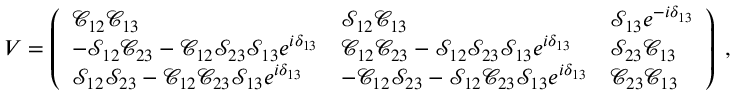
V = \left( \begin{array} { l l l } { { \mathcal C _ { 1 2 } \mathcal C _ { 1 3 } } } & { { \mathcal S _ { 1 2 } \mathcal C _ { 1 3 } } } & { { \mathcal S _ { 1 3 } e ^ { - i \delta _ { 1 3 } } } } \\ { { - \mathcal S _ { 1 2 } \mathcal C _ { 2 3 } - \mathcal C _ { 1 2 } \mathcal S _ { 2 3 } \mathcal S _ { 1 3 } e ^ { i \delta _ { 1 3 } } } } & { { \mathcal C _ { 1 2 } \mathcal C _ { 2 3 } - \mathcal S _ { 1 2 } \mathcal S _ { 2 3 } \mathcal S _ { 1 3 } e ^ { i \delta _ { 1 3 } } } } & { { \mathcal S _ { 2 3 } \mathcal C _ { 1 3 } } } \\ { { \mathcal S _ { 1 2 } \mathcal S _ { 2 3 } - \mathcal C _ { 1 2 } \mathcal C _ { 2 3 } \mathcal S _ { 1 3 } e ^ { i \delta _ { 1 3 } } } } & { { - \mathcal C _ { 1 2 } \mathcal S _ { 2 3 } - \mathcal S _ { 1 2 } \mathcal C _ { 2 3 } \mathcal S _ { 1 3 } e ^ { i \delta _ { 1 3 } } } } & { { \mathcal C _ { 2 3 } \mathcal C _ { 1 3 } } } \end{array} \right) \; ,